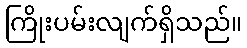
ကြိုးပမ်းလျက်ရှိသည်။